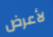
لأعرض